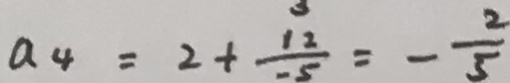
a _ { 4 } = 2 + \frac { 1 2 } { - 5 } = - \frac { 2 } { 5 }